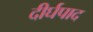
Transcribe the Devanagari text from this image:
दीर्घपाद